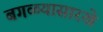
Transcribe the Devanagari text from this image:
बगळ्यासारखे